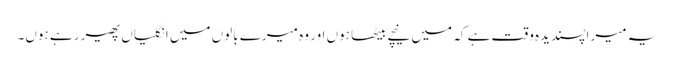
یہ میرا پسندیدہ وقت ہے کہ میں نیچے بیٹھا ہوں اور وہ میرے بالوں میں انگلیاں پھیر رہے ہوں۔